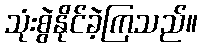
သုံးစွဲနိုင်ခဲ့ကြသည်။